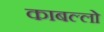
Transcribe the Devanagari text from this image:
काबल्लो